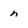
Character: n